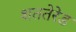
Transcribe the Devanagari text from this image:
शततेरेड